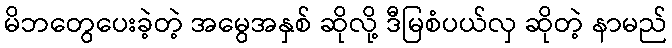
မိဘတွေပေးခဲ့တဲ့ အမွေအနှစ် ဆိုလို့ ဒီမြစံပယ်လှ ဆိုတဲ့ နာမည်